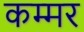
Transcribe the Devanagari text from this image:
कम्मर